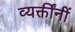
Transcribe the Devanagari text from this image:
व्यक्तींनीं